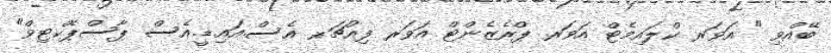
ބޭއްވި " އަވަރ ކްލައިމެޓް އަވަރ ޕްރެޒެންޓް އަވަރ ފިއުޗަރ- އެސް.އައި.ޑީ.އެސް ޕާސްޕެކްޓިވް"